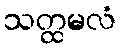
သတ္ထမလံ